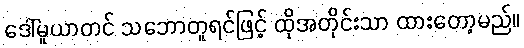
ဒေါ်မူယာတင် သဘောတူရင်ဖြင့် ထိုအတိုင်းသာ ထားတော့မည်။